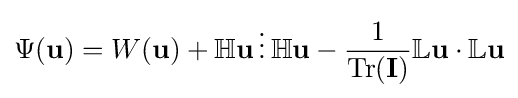
\Psi ({\mathbf {u}})=W({\mathbf {u}})+\mathbb {H} {\mathbf {u}}\,{\boldsymbol {\scriptstyle {\vdots }}}\,\mathbb {H} {\mathbf {u}}-{\dfrac {1}{\mathrm {Tr} ({\mathbf {I}})}}\mathbb {L} {\mathbf {u}}\cdot \mathbb {L} {\mathbf {u}}